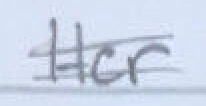
Text: Her
Cross-out: double-line
Writing tool: pencil